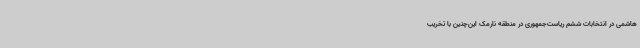
هاشمی در انتخابات ششم ریاست‌جمهوری در منطقه نارمک این‌چنین با تخریب